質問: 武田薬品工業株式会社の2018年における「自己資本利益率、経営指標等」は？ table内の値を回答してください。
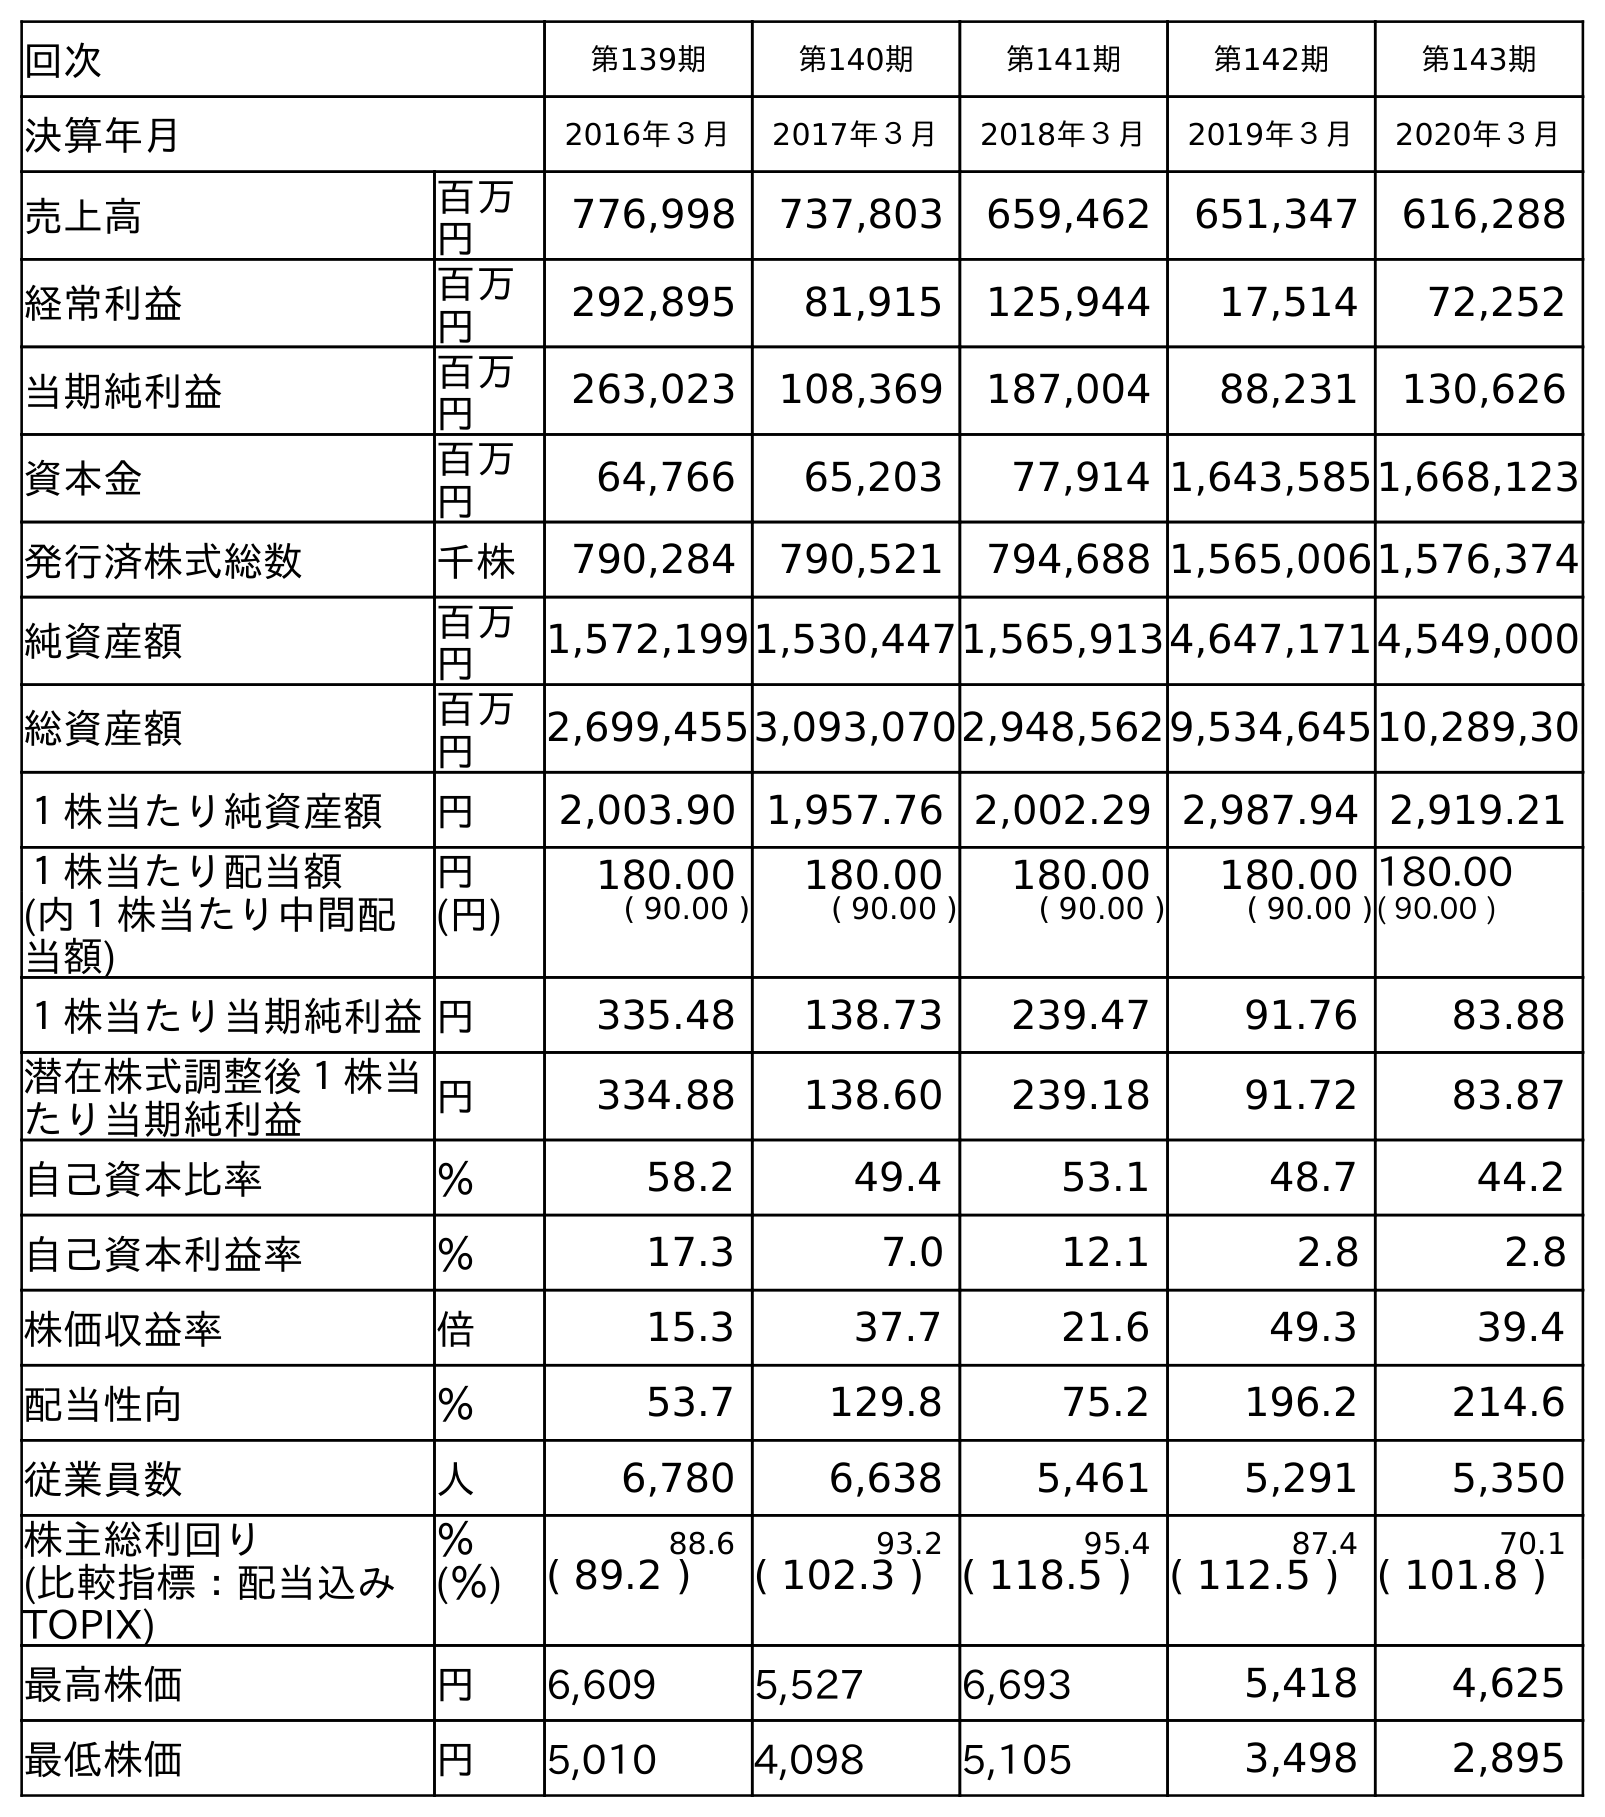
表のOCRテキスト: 回次 第139期 第140期 第141期 第142期 第143期 決算年月 2016年３月 2017年３月 2018年３月 2019年３月 2020年３月 売上高 百万 円 776,998 737,803 659,462 651,347 616,288 経常利益 百万 円 292,895 81,915 125,944 17,514 72,252 当期純利益 百万 円 263,023 108,369 187,004 88,231 130,626 資本金 百万 円 64,766 65,203 77,914 1,643,5851,668,123 発行済株式総数 千株 790,284 790,521 794,688 1,565,0061,576,374 純資産額 百万 円 1,572,1991,530,4471,565,9134,647,1714,549,000 総資産額 百万 円 2,699,4553,093,0702,948,5629,534,64510,289,30 １株当たり純資産額 円 2,003.90 1,957.76 2,002.29 2,987.94 2,919.21 １株当たり配当額 円 180.00 180.00 180.00 180.00 180.00 (内１株当たり中間配 当額) (円) ( 90.00 ) ( 90.00 ) ( 90.00 ) ( 90.00 )( 90.00 ) １株当たり当期純利益円 335.48 138.73 239.47 91.76 83.88 潜在株式調整後１株当 たり当期純利益 円 334.88 138.60 239.18 91.72 83.87 自己資本比率 ％ 58.2 49.4 53.1 48.7 44.2 自己資本利益率 ％ 17.3 7.0 12.1 2.8 2.8 株価収益率 倍 15.3 37.7 21.6 49.3 39.4 配当性向 ％ 53.7 129.8 75.2 196.2 214.6 従業員数 人 6,780 6,638 5,461 5,291 5,350 株主総利回り ％ 88.6 93.2 95.4 87.4 70.1 (比較指標：配当込み TOPIX) (％) ( 89.2 ) ( 102.3 ) ( 118.5 ) ( 112.5 ) ( 101.8 ) 最高株価 円 6,609 5,527 6,693 5,418 4,625 最低株価 円 5,010 4,098 5,105 3,498 2,895
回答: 12.1